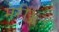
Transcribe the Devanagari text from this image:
मेरीॲन